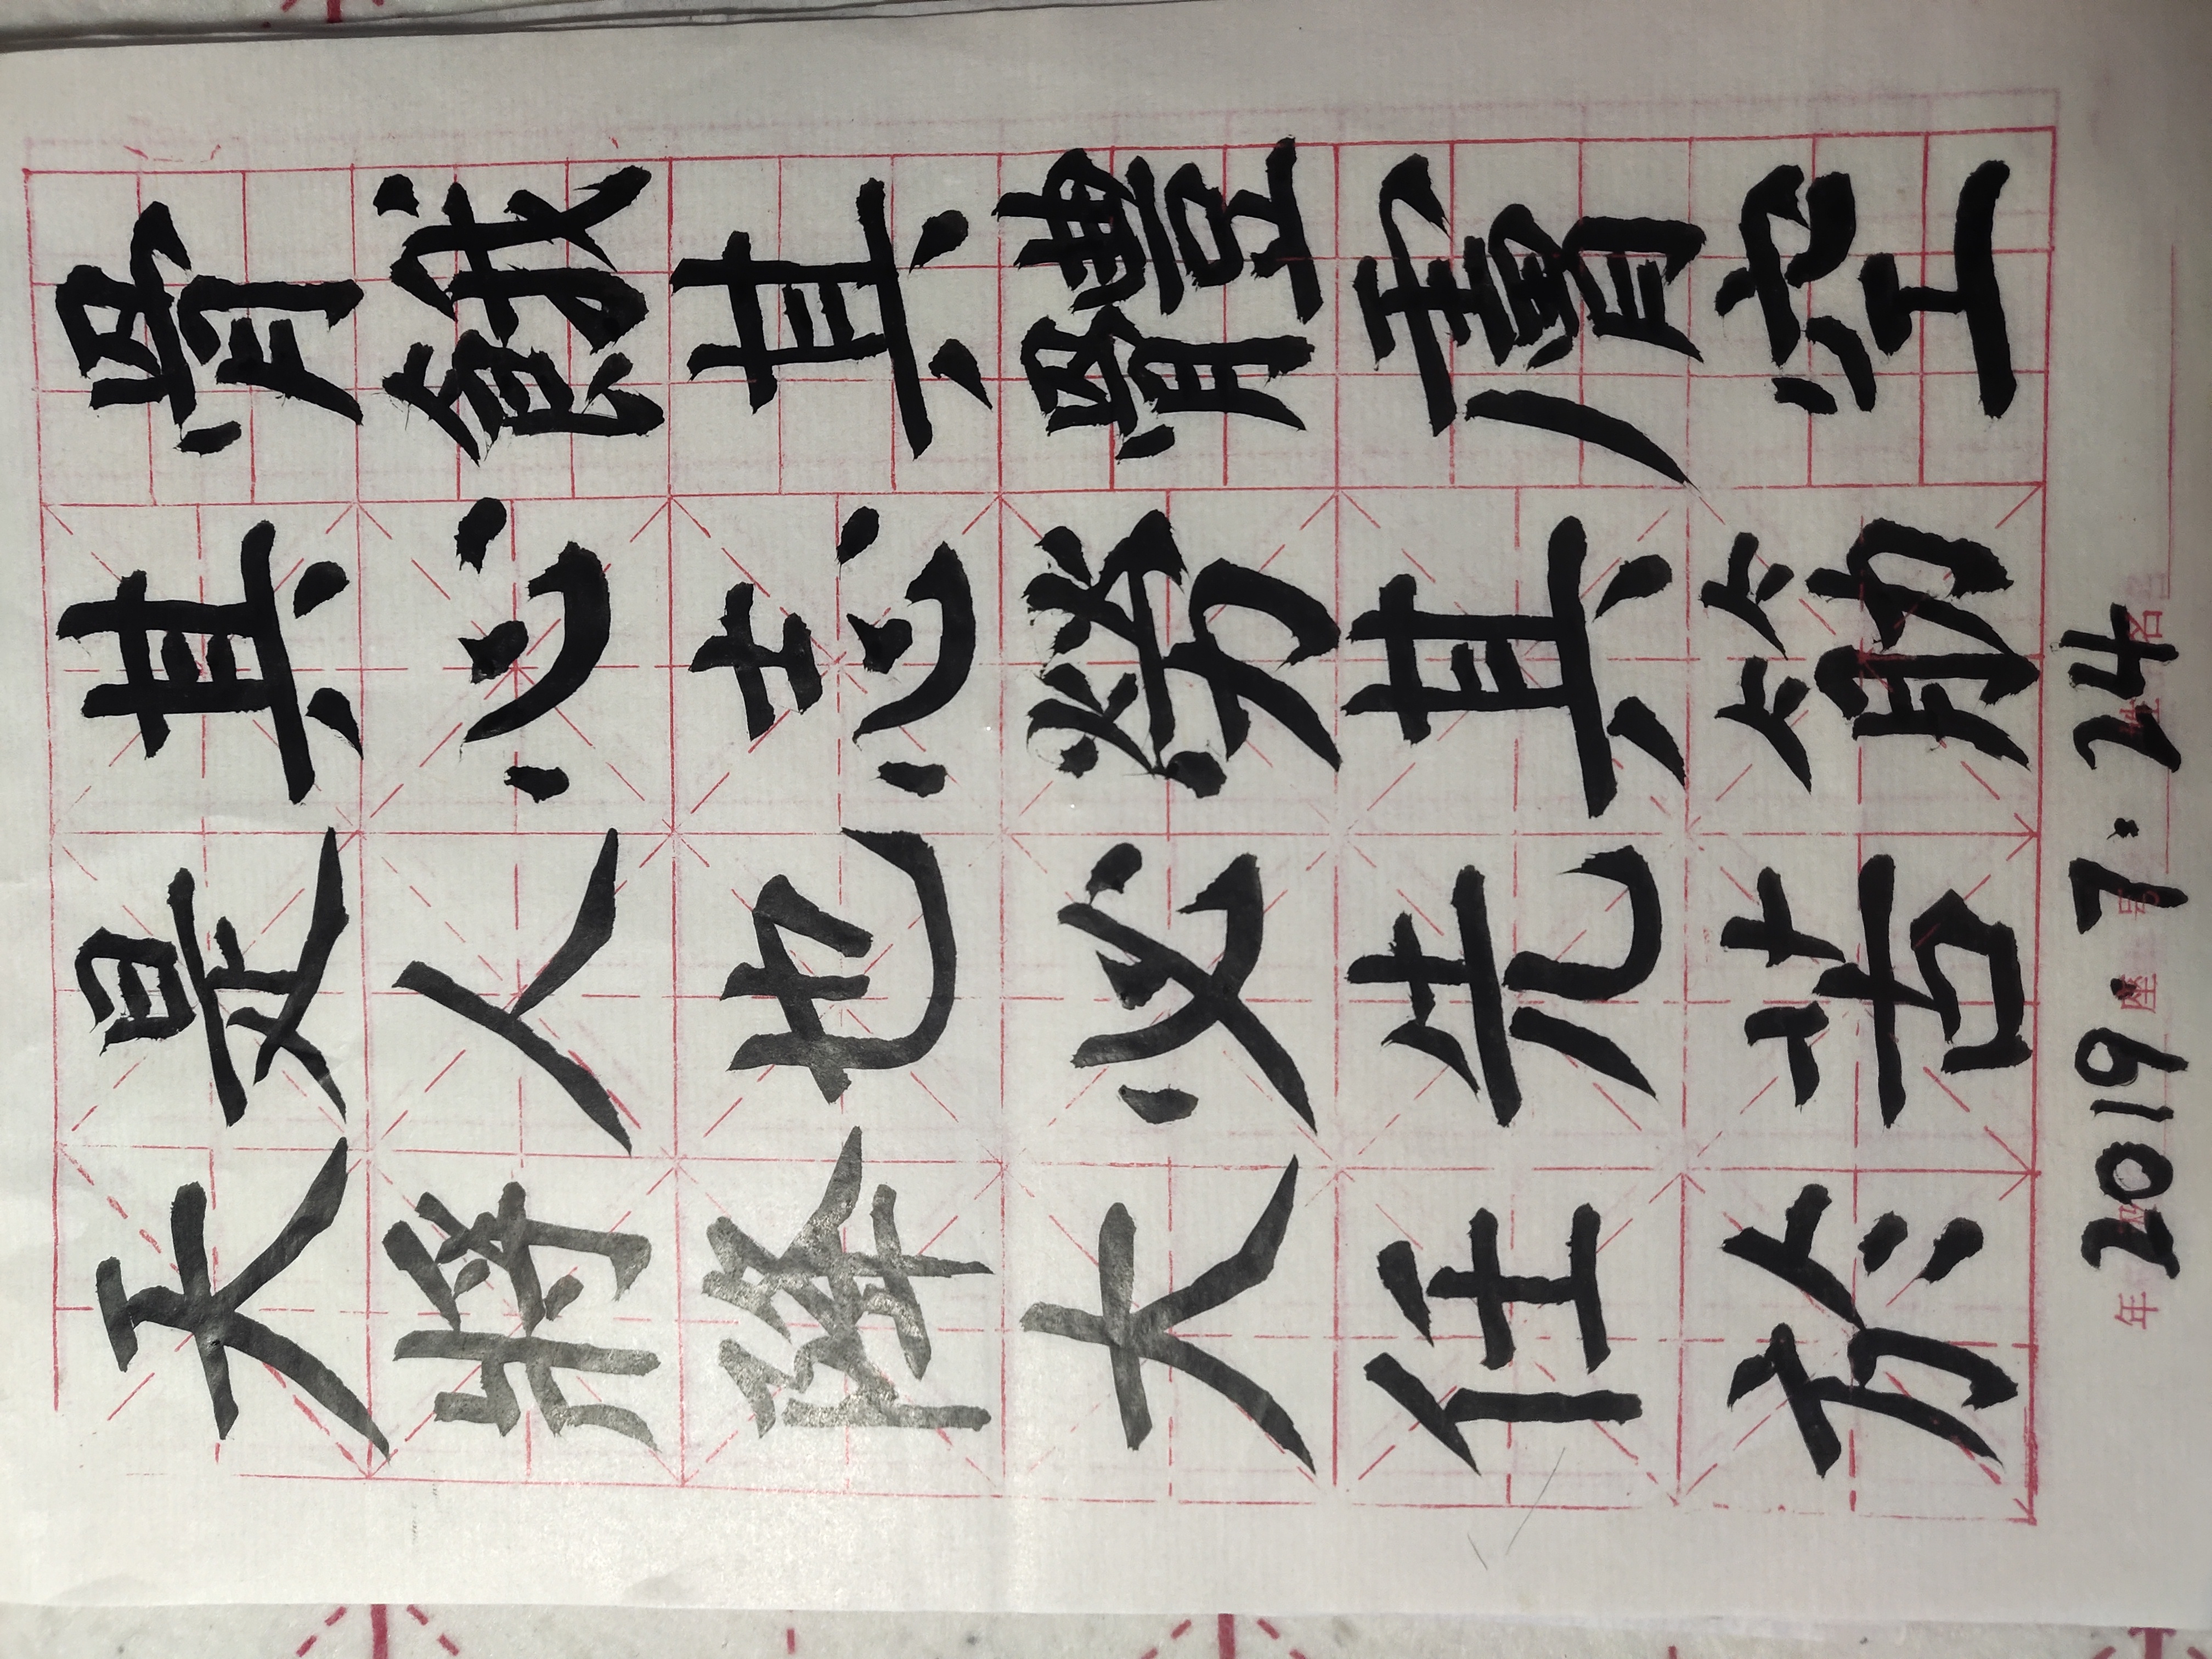
聚散匆匆，此恨年年有。